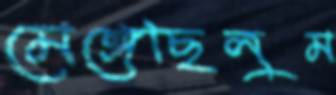
মেঙ্গেছিলুম